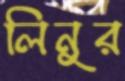
লিনুর